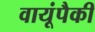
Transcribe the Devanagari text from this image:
वायूंपैकी